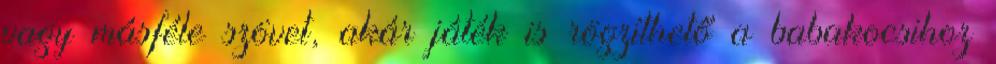
vagy másféle szövet, akár játék is rögzíthető a babakocsihoz